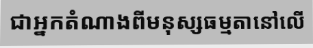
ជាអ្នកតំណាងពីមនុស្សធម្មតានៅលើ